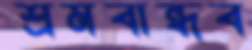
শ্রমবান্ধব